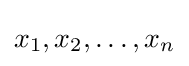
x_{1},x_{2},\ldots ,x_{n}